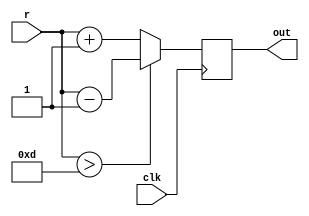

module reflector(out,r,clk);
input r,clk;  
output reg out;
always@(posedge clk)
if(r>13)
out=r-13;
else
out=r+13;

endmodule

module tb_reflector;
reg t_r,t_clk;
wire t_out;
always #5 t_clk = ~t_clk;
reflector R1(t_out,t_r,t_clk);
initial begin
 t_r=1; 
#10 t_r=2; 
#10 t_r=3; 
#10 t_r=20; 
#10 t_r=21; 
$finish;
end
initial begin
$monitor("t_out = %d t_r = %d",t_out,t_r);
end

endmodule